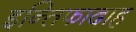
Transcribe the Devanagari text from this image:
इन्तिफादाह